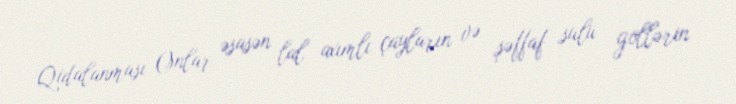
Qidalanması Onlar əsasən lal axımlı çayların və şəffaf sulu göllərin